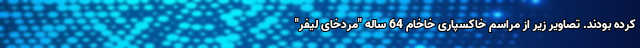
کرده بودند. تصاویر زیر از مراسم خاکسپاری خاخام 64 ساله "مردخای لیفر"